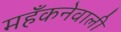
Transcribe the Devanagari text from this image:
महँकनेवाली